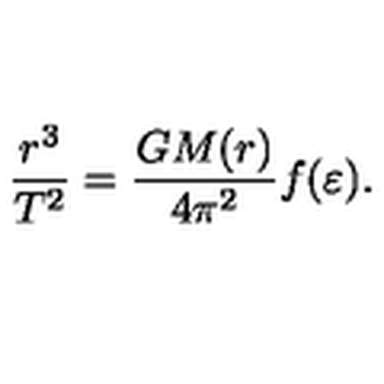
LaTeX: \frac { r ^ { 3 } } { T ^ { 2 } } = \frac { G M ( r ) } { 4 \pi ^ { 2 } } f ( \varepsilon ) .